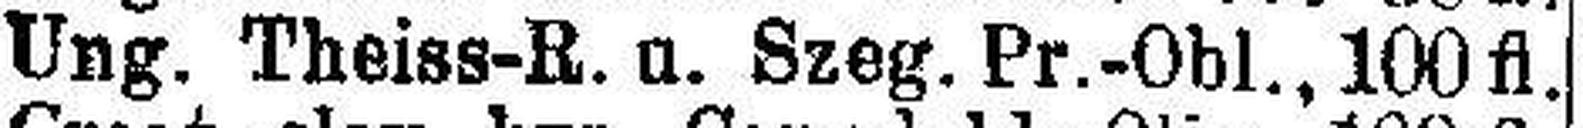
Ung. Theiss-R. u. Szeg. Pr.-Obl., 100fl.